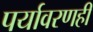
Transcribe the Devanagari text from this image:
पर्यावरणही